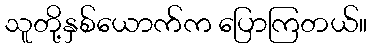
သူတို့နှစ်ယောက်က ပြောကြတယ်။